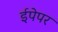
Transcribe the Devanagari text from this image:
ईपेपर